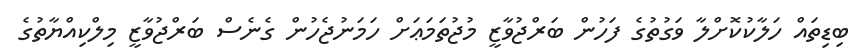
ބިޑިތައް ހަލާކުކޮށްލާ ވަގުތުގެ ފަހުން ބަރްޖުވާޒީ މުޖުތަމަޢަށް ހަމަނުޖެހުން ގެނެސް ބަރްޖުވާޒީ މިލްކިއްޔާތުގެ